Report of the Indian Hemp Drugs Commission, 1894-1895 - Volume III
Year: 1894
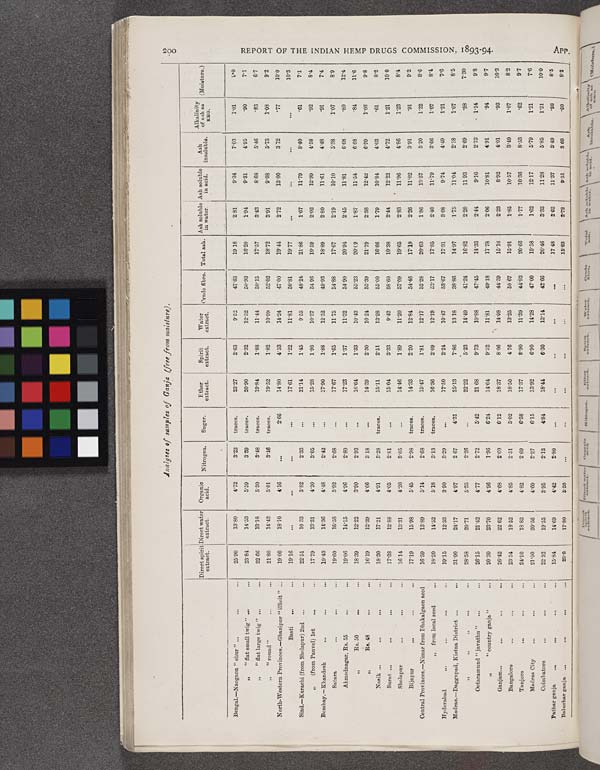
Analyses of samples of Ganja (free from moisture).
200
REPORT OF THE INDIAN HEMP DRUGS COMMISSION, 1893-94.
APP.
Direct spirit
extract.
Direct water
extract.
Organic
acid.
Nitrogen.
Sugar.
Ether
extract.
Spirit
extract.
Water
extract.
Crude fibre. Total ash.
Ash soluble
in water.
Ash soluble
in acid.
Ash
insoluble.
Alkalinity
of ash as
KHO.
(Moisture.)
Bengal.—Naogaon "chur"
25.90
13.80
4.72
3.23
traces.
23.27
2.63
9.52
47.83
19.18
2.81
9.34
7.03
1.01
9.0
"
"flat small twig"
23.84
14.53
5.59
3.39
traces.
20.90
2.32
12.52
50.93
16.20
1.94
9.81
4.05
.90
7.1
"
"flat large twig"
22.66
13.18
5.30
3.48
traces.
19.84
1.88
11.44
50.15
17.57
3.43
8.68
5.46
.83
6.7
"
"round"
21.80
14.42
5.01
3.46
traces.
19.52
1.82
10.99
52.02
18.72
3.91
9.08
5.73
1.08
9.2
North-Western Provinces.-Ghazipur "illicit"
19.00
18.10
4.16
2.66
14.80
4.53
14.24
47.00
19.44
2.72
13.00
3.72
.77
10.0
Basti
19.16
17.61
1.22
11.81
50.81
19.77
10.3
Sind.—Karachi (from Sholapur) 2nd
22.51
10.33
3.82
2.33
21.14
1.45
9.55
48.24
21.86
1.67
11.79
8.40
.61
7.1
"
(from Panvel) 1st
17.79
13.31
4.20
3.05
15.28
1.98
10.37
54.96
19.59
2.02
12.99
4.58
.92
8.4
Bombay.—Khandesh
19.43
14.36
4.48
2.42
17.90
1.88
12.52
49.93
18.89
2.80
11.61
4.48
.91
7.4
Satara
19.60
16.58
5.92
2.68
17.67
1.65
11.75
54.88
17.67
2.19
10.10
5.38
1.07
8.9
Ahmednagar, Rs. 55
19.06
14.15
4.96
2.80
17.23
1.37
11.32
54.90
20.94
2.45
11.81
6.68
.80
12.4
"
Rs.
50
18.39
12.22
3.90
2.93
16.64
1.33
10.43
55.23
20.09
1.87
11.54
6.68
.84
11.6
"
BR. 48
16.19
12.39
4.66
3.18
14.39
2.30
10 24
55.39
21.79
2.38
12.42
6.09
1.08
9.8
Nasik
18.30
17.21
4.91
3.28
traces.
15.11
2.51
13.28
55.00
16.86
1.79
10.84
4.03
.61
8.2
Surat
17.38
12.88
4.05
2.81
15.04
3.33
9.42
58.60
19.38
2.44
12.22
4.72
1.21
10.0
Sholapur
16.14
13.31
4.20
3.05
14.46
1.89
11.20
57.09
19.65
2.83
11.96
4.86
1.23
8-4
Bijapur
17.19
15.98
5.45
2.98
traces.
14.33
2.20
12.84
54.46
17.19
2.26
11.02
3.91
.91
9.2
Central Provinces.—Nimar from Dhakalgaon seed
16.59
13.89
5.14
2.68
traces.
15.47
1.81
12.17
52.28
20.63
1.86
13.57
5.20
1.22
8.6
"
from local seed
18.20
14.52
5.18
3.13
traces.
16.36
2.09
12.19
52.17
17.85
2.40
11.79
3.66
1.07
8.4
Hyderabad
19.15
12.33
3.90
3.29
17.50
2.24
10.47
53.67
17.31
3.08
9.74
4.49
1.21
7.6
Madras.—Daggupad, Kistna District
31.00
24.17
4.97
2.67
4.31
25.13
7.6
13.18
38.86
14.97
1.75
11.04
2.18
1.07
8.5
" " "
28.58
20.71
5.35
2.26
22.22
5.23
14.49
41.24
16.82
2.20
11.93
2.69
.98
7.30
Ootacamund " javathu "
26.15
21.42
4.77
2.72
5.42
21.68
9.73
10.88
47.45
14.33
2.44
9.16
2.73
1.14
9.8
"
" country ganja"
20.30
23.70
4.96
1.96
6.24
14.64
9.52
11.81
49.18
17.78
2.06
10.81
4.91
.94
9.7
Ganjam
26.42
22.62
4.68
2.60
6.12
18.37
8.06
14.08
44.59
15.16
2.23
8.02
4.01
.93
10.3
Bangalore
23.54
18.52
4.85
2.51
5.02
18.50
4.76
13.25
50.67
15.91
1.85
10.57
3.49
1.07
8.2
Tanjore
24.10
18.83
4.82
2.69
6.58
17.37
8.90
11.39
44.93
20.66
1.77
10.36
8.53
.62
9.7
Madras City
21.00
20.56
4.60
2.27
6.15
13.92
6.90
14.28
47.00
19.58
1.62
12.17
5.79
1.21
7.6
Coimbatore
22.52
19.55
395
2.13
4.84
18.44
6.30
12.14
42.66
20.46
3.33
11.28
5.85
1.31
10.0
Pathar ganja
15.84
14.69
4.42
2.80
17.48
2.62
11.37
3.49
.98
8.5
Baluchar ganja
23.8
17.80
5.50
15.83
2.72
9.51
3.60
.90
8.2